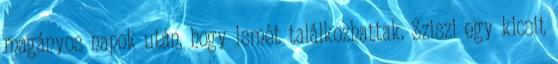
magányos napok után, hogy ismét találkozhattak. Sziszi egy kicsit